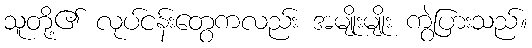
သူတို့၏ လုပ်ငန်းတွေကလည်း အမျိုးမျိုး ကွဲပြားသည်။